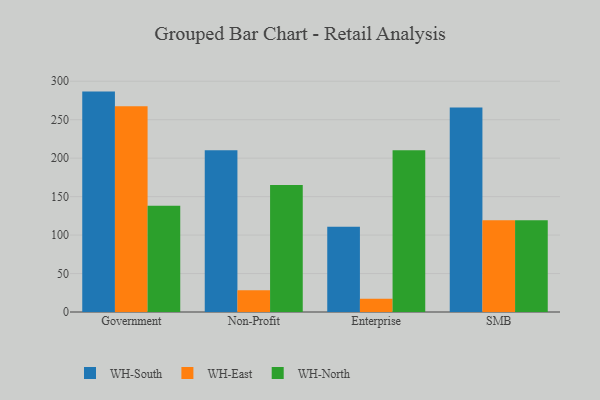
{"axis": {"x": "Segment", "y": "Population (Million)"}, "legend": ["WH-East", "WH-North", "WH-South"], "data": [{"x": "Government", "y": 286.5, "type": "WH-South"}, {"x": "Government", "y": 267.6, "type": "WH-East"}, {"x": "Government", "y": 138.0, "type": "WH-North"}, {"x": "Non-Profit", "y": 210.2, "type": "WH-South"}, {"x": "Non-Profit", "y": 28.4, "type": "WH-East"}, {"x": "Non-Profit", "y": 165.1, "type": "WH-North"}, {"x": "Enterprise", "y": 110.8, "type": "WH-South"}, {"x": "Enterprise", "y": 17.2, "type": "WH-East"}, {"x": "Enterprise", "y": 210.3, "type": "WH-North"}, {"x": "SMB", "y": 265.8, "type": "WH-South"}, {"x": "SMB", "y": 119.4, "type": "WH-East"}, {"x": "SMB", "y": 119.4, "type": "WH-North"}]}